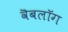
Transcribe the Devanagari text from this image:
वॆबलॉग